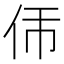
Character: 𬽮